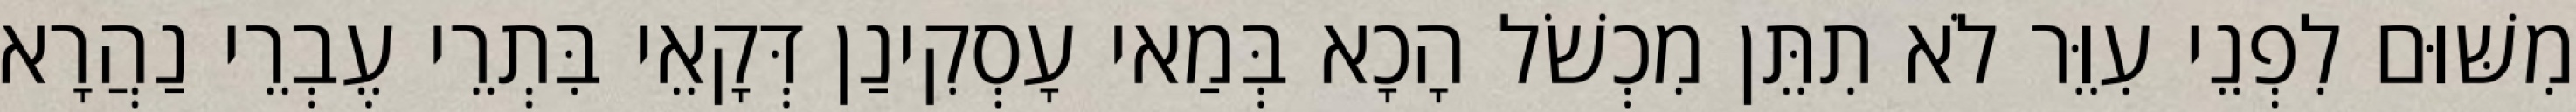
מִשּׁוּם לִפְנֵי עִוֵּר לֹא תִתֵּן מִכְשֹׁל הָכָא בְּמַאי עָסְקִינַן דְּקָאֵי בִּתְרֵי עֶבְרֵי נַהֲרָא